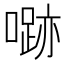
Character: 𱔼